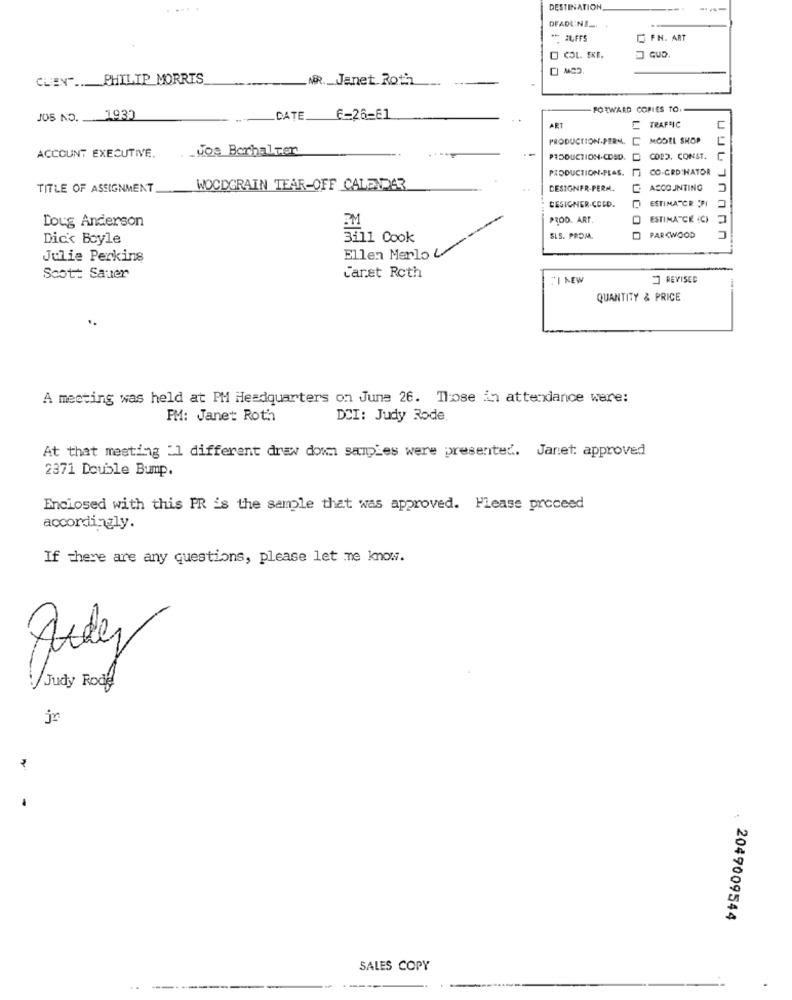
DESTINATION
DEADLINE_
-
HUFFS
FN. ART
O COL. EXE.
CLIENT ... PHILIP MORRIS
NR. Janet Roth
FORWARD COPIES TO
JOS NO. 1930
~ DATE E-26-61
AET
TRAFFIC
PRODUCTION.PERM. D MODEL SHOP
MODEL SHOP
_Vos Borhalter
ACCOUNT EXECUTIVE.
PRODUCTION.CDAD.
COPD. CONST.
PRODUCTION-PLAS. [] CO.CRD NATOR
-
TITLE OF ASSIGNMENT
WOODGRAIN TEAR-OFF CALENDAR
DESIGNER-PERM.
ACCOUNTING
DESIGNER.COLD.
ESTIMATCR PI
Doug Anderson
PROD. ART
ESTIMATCE (C)
Dick Boyle
Fi11 Cook
SLS. PROM.
PARCWOOD
Lubinann
Julie Perkins
Ellen Merlo &
Scott Sauer
Caret Roth
7 REVISED
QUANTITY & PRICE
..
A meeting was held at PM Headquarters on June 26. Those in attendance ware:
PM: Janet Roth
DCI: Judy Rode
At that meeting "1 different draw down samples were presented. Janet: approved
2371 Double Bump.
Enclosed with this PR is the sample that was approved. Please proceed
accordingly.
If there are any questions, please let me know.
July
/ Judy Rodf
jr
2049009544
SALES COPY